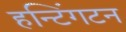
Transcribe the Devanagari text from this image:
हन्टिंगटन